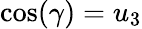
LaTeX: \cos(\gamma)=u_{3}